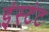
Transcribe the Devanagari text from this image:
इंस्टंट